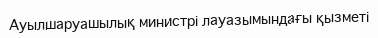
Ауылшаруашылық министрі лауазымындағы қызметі